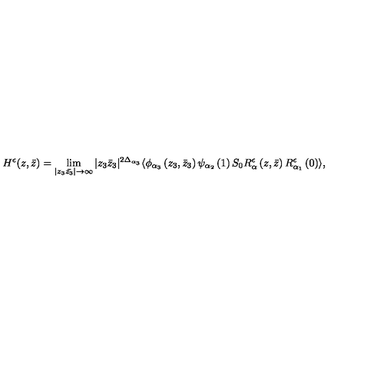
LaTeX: H ^ { \epsilon } ( z , \bar { z } ) = \lim _ { | z _ { 3 } \bar { z _ { 3 } } | \rightarrow \infty } | z _ { 3 } \bar { z } _ { 3 } | ^ { 2 \Delta _ { \alpha _ { 3 } } } \langle \phi _ { \alpha _ { 3 } } \left( z _ { 3 } , \bar { z } _ { 3 } \right) \psi _ { \alpha _ { 2 } } \left( 1 \right) S _ { 0 } R _ { \alpha } ^ { \epsilon } \left( z , \bar { z } \right) R _ { \alpha _ { 1 } } ^ { \epsilon } \left( 0 \right) \rangle ,